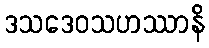
ဒသဒေဝသဟဿာနိ